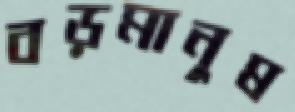
বড়মানুষ